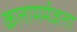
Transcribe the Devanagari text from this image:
कलामर्मज्ञता